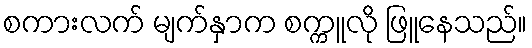
စကားလက် မျက်နှာက စက္ကူလို ဖြူနေသည်။